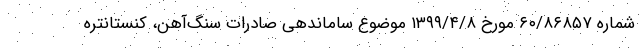
شماره ۶۰/۸۶۸۵۷ مورخ ۱۳۹۹/۴/۸ موضوع ساماندهی صادرات سنگ‌آهن، کنستانتره